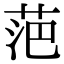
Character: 𮏍